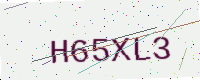
Text: H65XL3